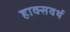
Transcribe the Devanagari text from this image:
हाक्सवर्थ